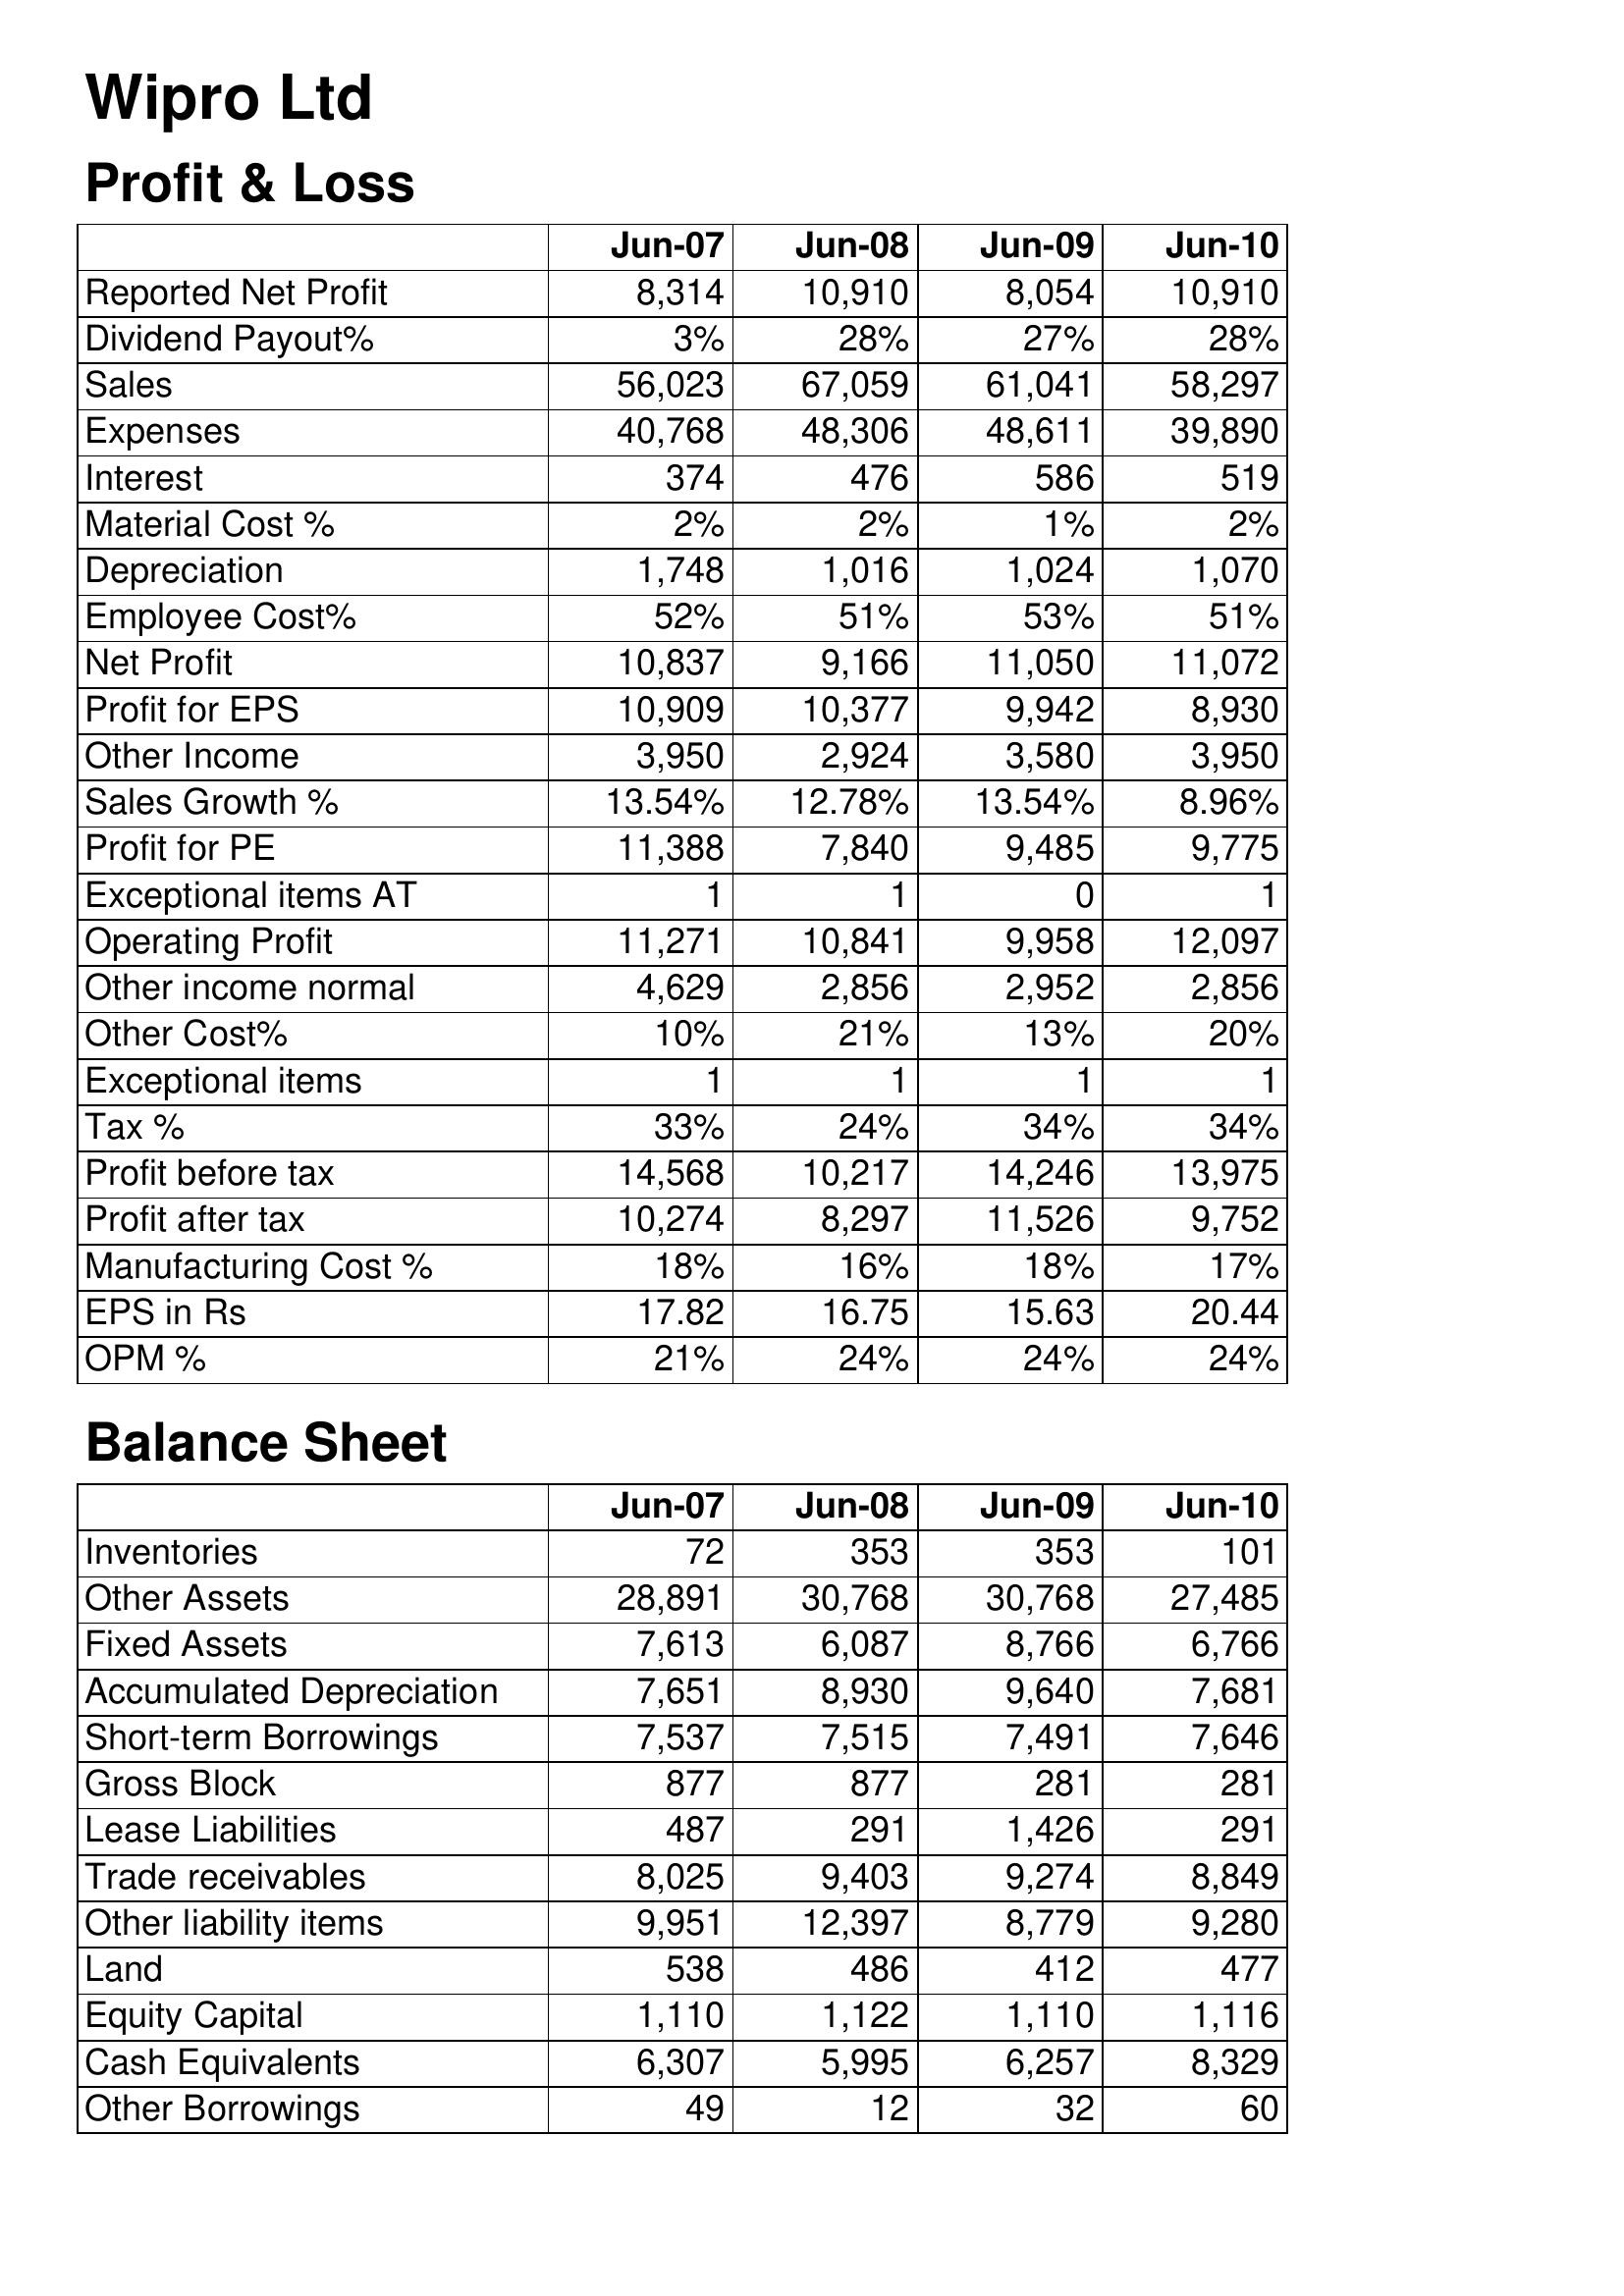
Jun-07: Profit & Loss: Reported Net Profit: 8,314
Dividend Payout%: 3%
Sales: 56,023
Expenses: 40,768
Interest: 374
Material Cost %: 2%
Depreciation: 1,748
Employee Cost%: 52%
Net Profit: 10,837
Profit for EPS: 10,909
Other Income: 3,950
Sales Growth %: 13.54%
Profit for PE: 11,388
Exceptional items AT: 1
Operating Profit: 11,271
Other income normal: 4,629
Other Cost%: 10%
Exceptional items: 1
Tax %: 33%
Profit before tax: 14,568
Profit after tax: 10,274
Manufacturing Cost %: 18%
EPS in Rs: 17.82
OPM %: 21%
Balance Sheet: Inventories: 72
Other Assets: 28,891
Fixed Assets: 7,613
Accumulated Depreciation: 7,651
Short-term Borrowings: 7,537
Gross Block: 877
Lease Liabilities: 487
Trade receivables: 8,025
Other liability items: 9,951
Land: 538
Equity Capital: 1,110
Cash Equivalents: 6,307
Other Borrowings: 49
Jun-08: Profit & Loss: Reported Net Profit: 10,910
Dividend Payout%: 28%
Sales: 67,059
Expenses: 48,306
Interest: 476
Material Cost %: 2%
Depreciation: 1,016
Employee Cost%: 51%
Net Profit: 9,166
Profit for EPS: 10,377
Other Income: 2,924
Sales Growth %: 12.78%
Profit for PE: 7,840
Exceptional items AT: 1
Operating Profit: 10,841
Other income normal: 2,856
Other Cost%: 21%
Exceptional items: 1
Tax %: 24%
Profit before tax: 10,217
Profit after tax: 8,297
Manufacturing Cost %: 16%
EPS in Rs: 16.75
OPM %: 24%
Balance Sheet: Inventories: 353
Other Assets: 30,768
Fixed Assets: 6,087
Accumulated Depreciation: 8,930
Short-term Borrowings: 7,515
Gross Block: 877
Lease Liabilities: 291
Trade receivables: 9,403
Other liability items: 12,397
Land: 486
Equity Capital: 1,122
Cash Equivalents: 5,995
Other Borrowings: 12
Jun-09: Profit & Loss: Reported Net Profit: 8,054
Dividend Payout%: 27%
Sales: 61,041
Expenses: 48,611
Interest: 586
Material Cost %: 1%
Depreciation: 1,024
Employee Cost%: 53%
Net Profit: 11,050
Profit for EPS: 9,942
Other Income: 3,580
Sales Growth %: 13.54%
Profit for PE: 9,485
Exceptional items AT: 0
Operating Profit: 9,958
Other income normal: 2,952
Other Cost%: 13%
Exceptional items: 1
Tax %: 34%
Profit before tax: 14,246
Profit after tax: 11,526
Manufacturing Cost %: 18%
EPS in Rs: 15.63
OPM %: 24%
Balance Sheet: Inventories: 353
Other Assets: 30,768
Fixed Assets: 8,766
Accumulated Depreciation: 9,640
Short-term Borrowings: 7,491
Gross Block: 281
Lease Liabilities: 1,426
Trade receivables: 9,274
Other liability items: 8,779
Land: 412
Equity Capital: 1,110
Cash Equivalents: 6,257
Other Borrowings: 32
Jun-10: Profit & Loss: Reported Net Profit: 10,910
Dividend Payout%: 28%
Sales: 58,297
Expenses: 39,890
Interest: 519
Material Cost %: 2%
Depreciation: 1,070
Employee Cost%: 51%
Net Profit: 11,072
Profit for EPS: 8,930
Other Income: 3,950
Sales Growth %: 8.96%
Profit for PE: 9,775
Exceptional items AT: 1
Operating Profit: 12,097
Other income normal: 2,856
Other Cost%: 20%
Exceptional items: 1
Tax %: 34%
Profit before tax: 13,975
Profit after tax: 9,752
Manufacturing Cost %: 17%
EPS in Rs: 20.44
OPM %: 24%
Balance Sheet: Inventories: 101
Other Assets: 27,485
Fixed Assets: 6,766
Accumulated Depreciation: 7,681
Short-term Borrowings: 7,646
Gross Block: 281
Lease Liabilities: 291
Trade receivables: 8,849
Other liability items: 9,280
Land: 477
Equity Capital: 1,116
Cash Equivalents: 8,329
Other Borrowings: 60